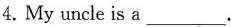
4.My uncle is a___.